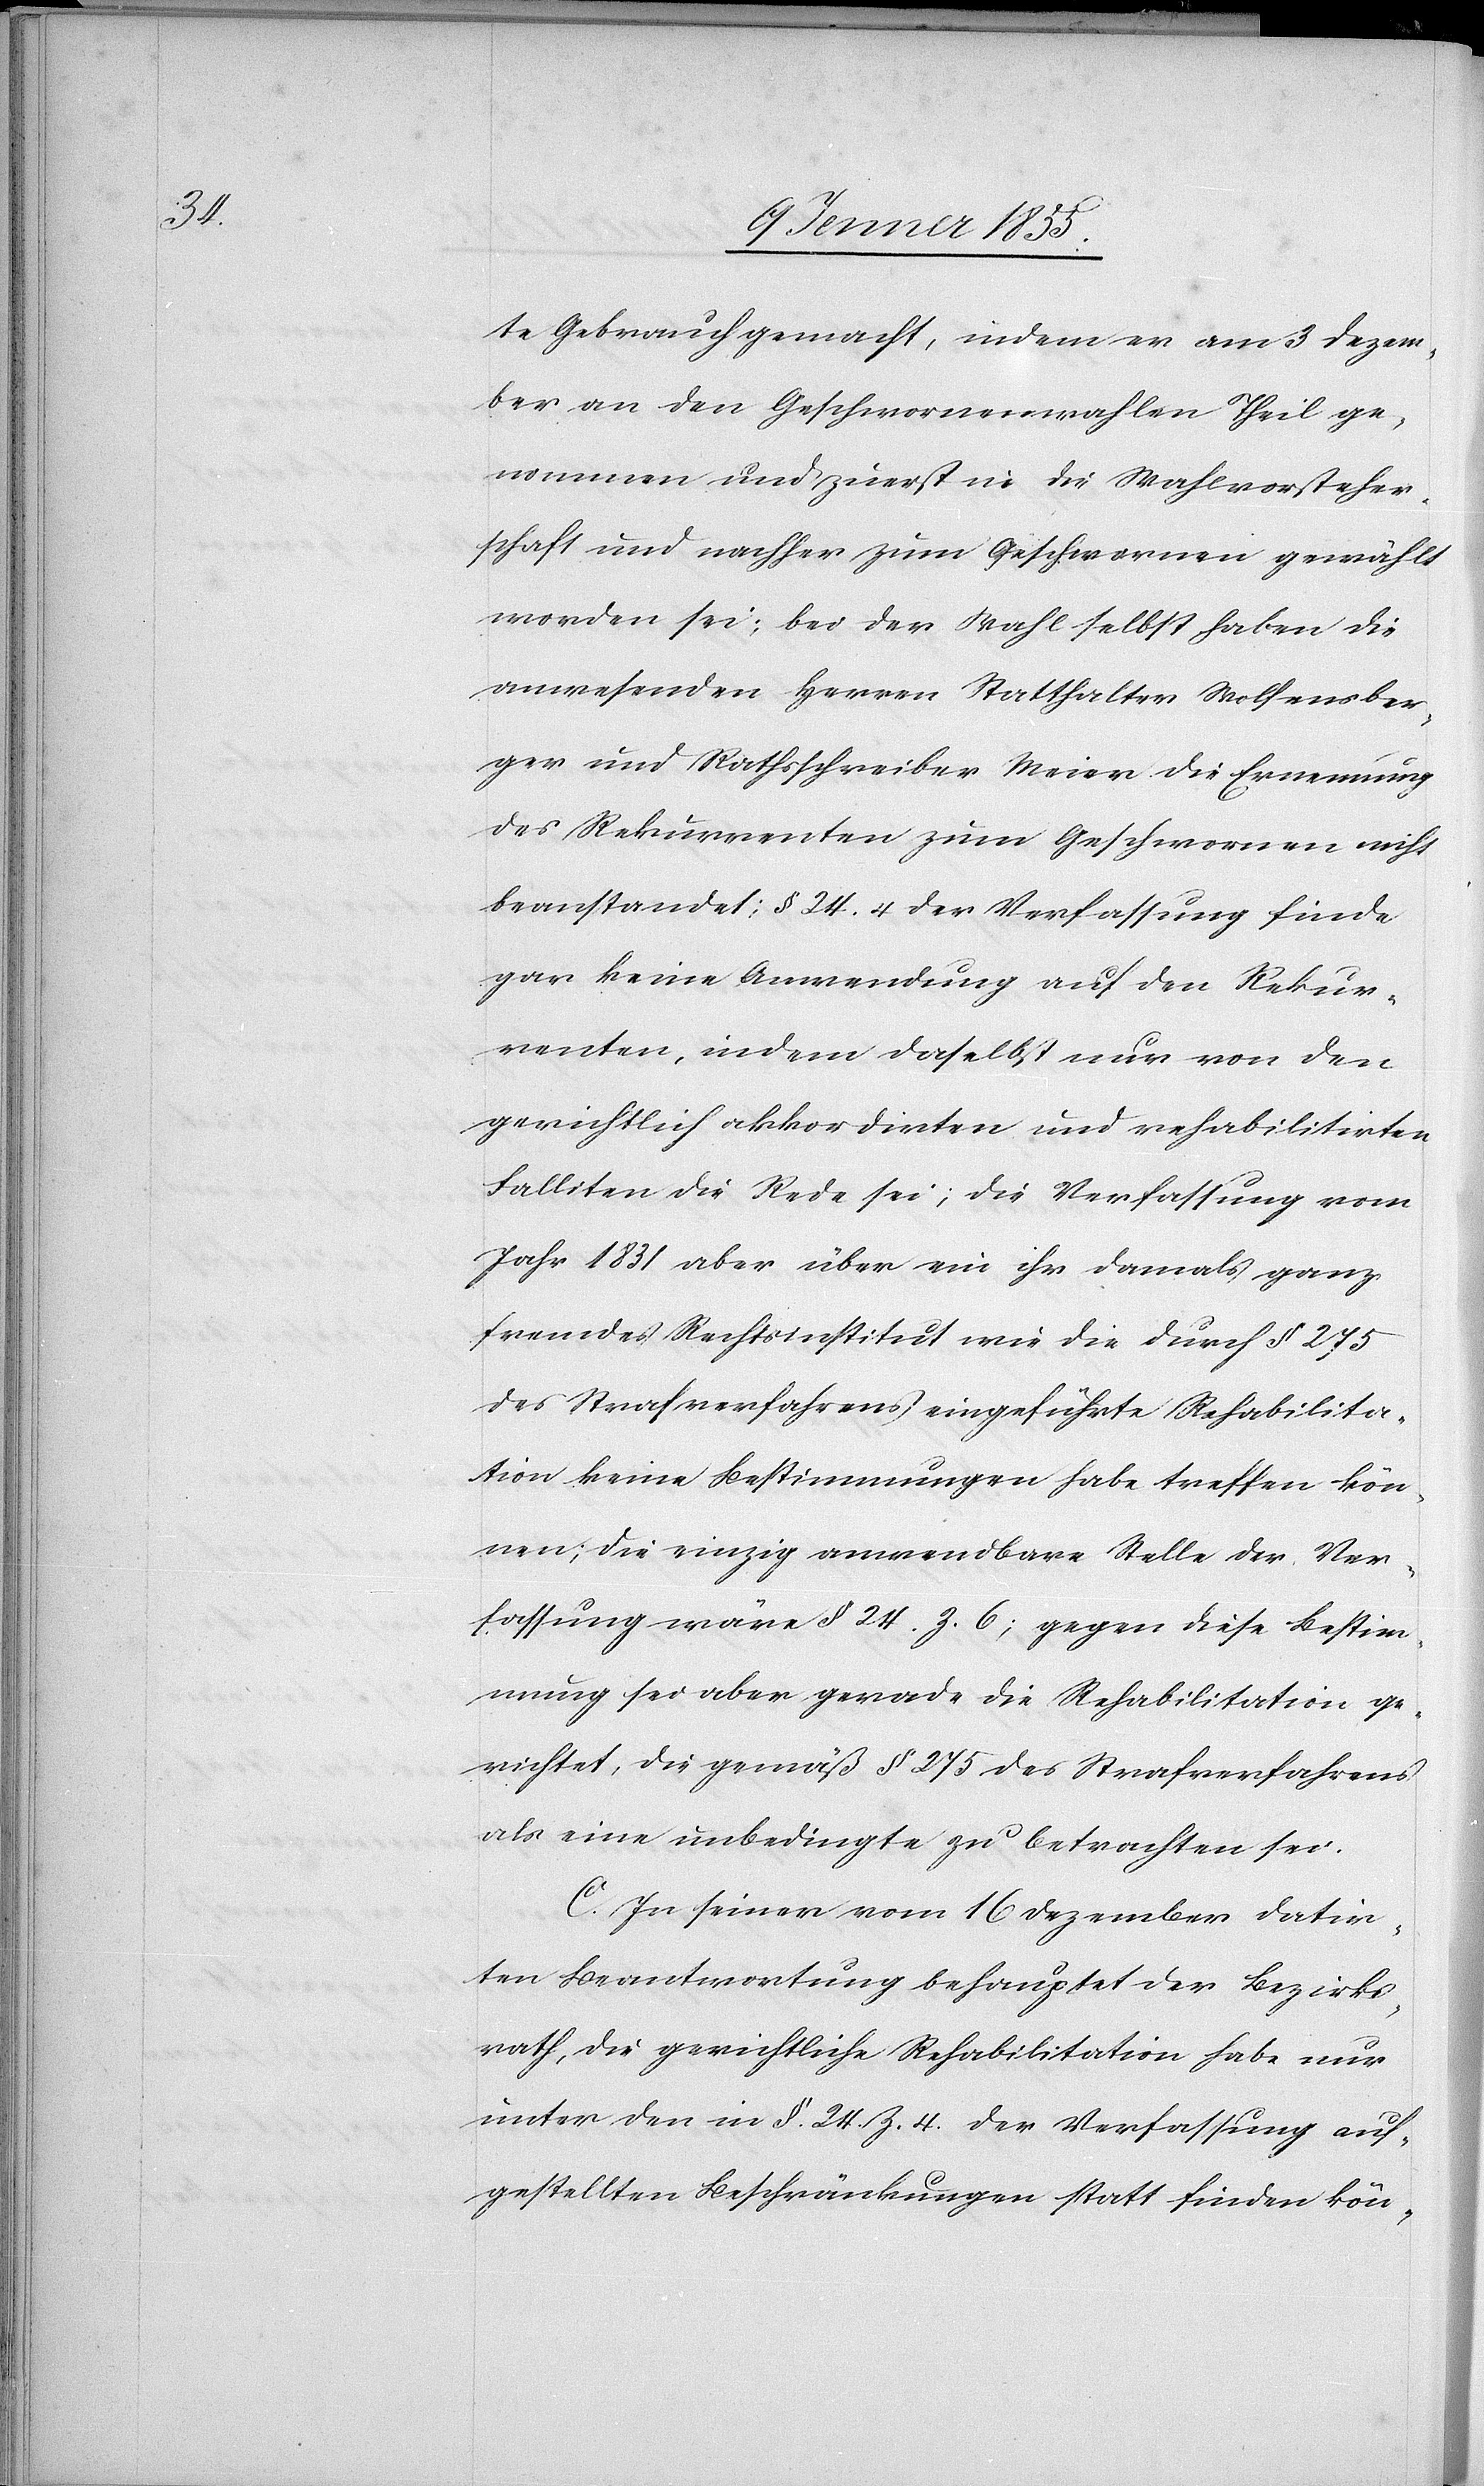
te Gebrauch gemacht, indem er am 3 Dezem¬
ber an den Geschwornenwahlen Theil ge¬
nommen und zuerst in die Wahlvorsteher¬
schaft und nachher zum Geschwornen gewählt
worden sei; bei der Wahl selbst haben die
anwesenden Herren Statthalter Wolfensber¬
ger und Rathsschreiber Meier die Ernennung
des Rekurrenten zum Geschwornen nicht
beanstandet; § 24. 4 der Verfassung finde
gar keine Anwendung auf den Rekur¬
renten, indem daselbst nur von den
gerichtlich akkordirten und rehabilitirten
Falliten die Rede sei; die Verfassung vom
Jahr 1831 aber über ein ihr damals ganz
fremdes Rechtsinstitut wie die durch § 275
des Strafverfahrens eingeführte Rehabilita¬
tion keine Bestimmungen habe treffen kön¬
nen; die einzig anwendbare Stelle der Ver¬
fassung wäre § 24. Z. 6; gegen diese Bestim¬
mung sei aber gerade die Rehabilitation ge¬
richtet, die gemäß § 275 des Strafverfahrens
als eine unbedingte zu betrachten sei.
C. In seiner vom 16 Dezember datir¬
ten Beantwortung behauptet der Bezirks¬
rath, die gerichtliche Rehabilitation habe nur
unter den in §. 24. Z. 4. der Verfassung auf¬
gestellten Beschränkungen statt finden kön-